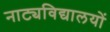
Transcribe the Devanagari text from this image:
नाट्यविद्यालयों